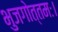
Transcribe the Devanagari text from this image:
भुजगोत्तमः।